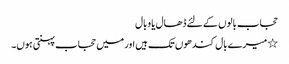
حجاب بالوں کے لئے ڈھال یا وبال
٭میرے بال کندھوں تک ہیں اور میں حجاب پہنتی ہوں۔